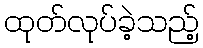
ထုတ်လုပ်ခဲ့သည့်